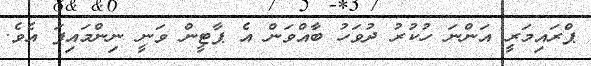
ޕްރައިމަރީ އަންނަ ހުކުރު ދުވަހު ބާއްވަން އެ ޕާޓީން ވަނީ ނިންމައިފަ އެވެ.